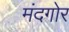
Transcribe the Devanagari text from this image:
मंदगोर